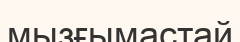
мызғымастай